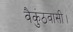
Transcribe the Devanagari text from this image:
वैकुंठवासी।